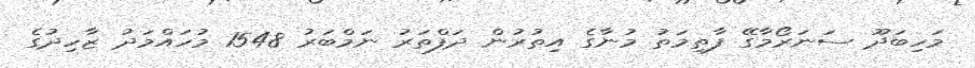
މަހިބަދޫ ސަނަރޯމާގޭ ފާތިމަތު މުނާގެ އިތުރުން ދަފްތަރު ނަމްބަރު 1548 މުހައްމަދު ޒާހިދުގެ